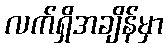
လက်ရှိအချိန်မှာ